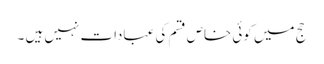
حج میں کوئی خاص قسم کی عبادات نہیں ہیں ۔